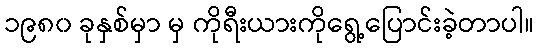
၁၉၈၀ ခုနှစ်မှာ မှ ကိုရီးယားကိုရွေ့ပြောင်းခဲ့တာပါ။